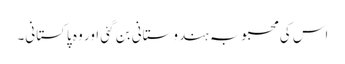
اس کی محبوبہ ہندوستانی بن گئی اور وہ پاکستانی۔